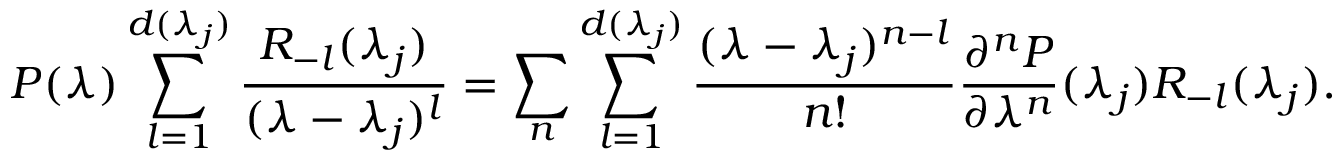
P ( \lambda ) \sum _ { l = 1 } ^ { d ( \lambda _ { j } ) } \frac { R _ { - l } ( \lambda _ { j } ) } { ( \lambda - \lambda _ { j } ) ^ { l } } = \sum _ { n } \sum _ { l = 1 } ^ { d ( \lambda _ { j } ) } \frac { ( \lambda - \lambda _ { j } ) ^ { n - l } } { n ! } \frac { \partial ^ { n } P } { \partial \lambda ^ { n } } ( \lambda _ { j } ) R _ { - l } ( \lambda _ { j } ) .